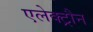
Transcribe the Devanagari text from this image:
एलेक्ट्रौन